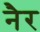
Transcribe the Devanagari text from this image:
नैर